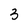
Character: 3